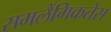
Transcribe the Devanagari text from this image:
समलैंगिकतेस